Source: Handwritten
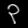
Digit: ၃ (3)